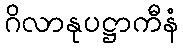
ဂိလာနုပဋ္ဌာကီနံ